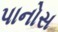
પાનોસ